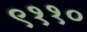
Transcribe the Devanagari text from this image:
९११०